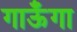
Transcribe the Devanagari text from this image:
गाऊँगा